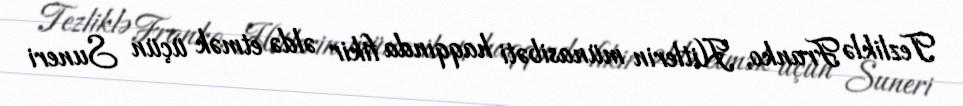
Tezliklə Franko, Hitlerin münasibəti haqqında fikir əldə etmək üçün Suneri